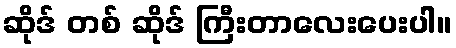
ဆိုဒ် တစ် ဆိုဒ် ကြီးတာလေးပေးပါ။